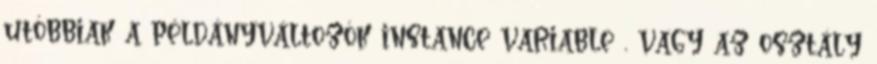
utóbbiak a példányváltozók instance variable , vagy az osztály